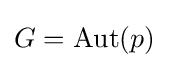
G=\operatorname {Aut} (p)